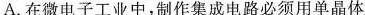
A.在微电子工业中，制作集成电路必须用单晶体